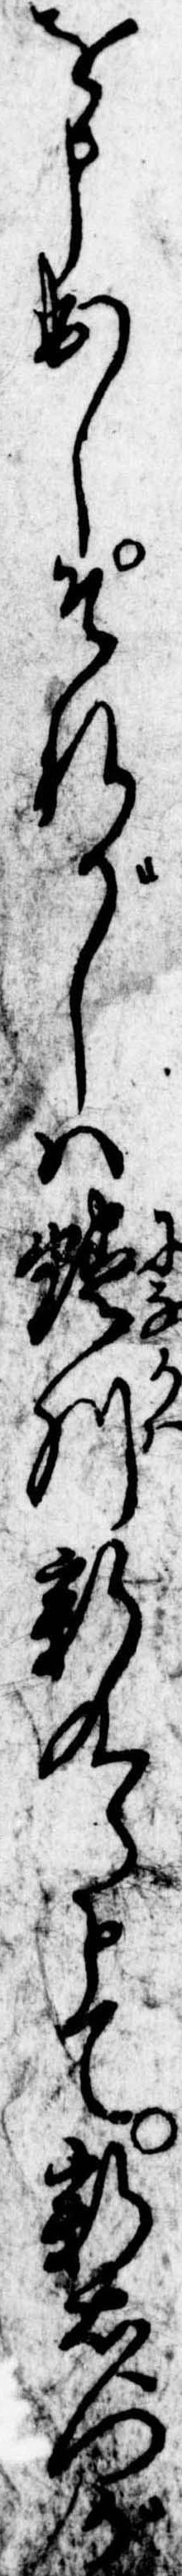
を申出しそれがしは蜷川新九郎とて新右門が